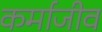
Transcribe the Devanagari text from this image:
कर्माजीव